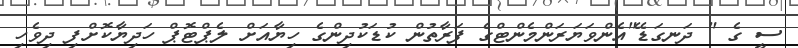
ސީ ގެ " ދަނގަޑޭ"އެންވަޔަރަންމެންޓްގެ ފަރާތުން ކުޑަކުދިންގެ ހިޔާއަށް ލެޕްޓޮޕް ހަދިޔާކޮށްފި ދިވެހި